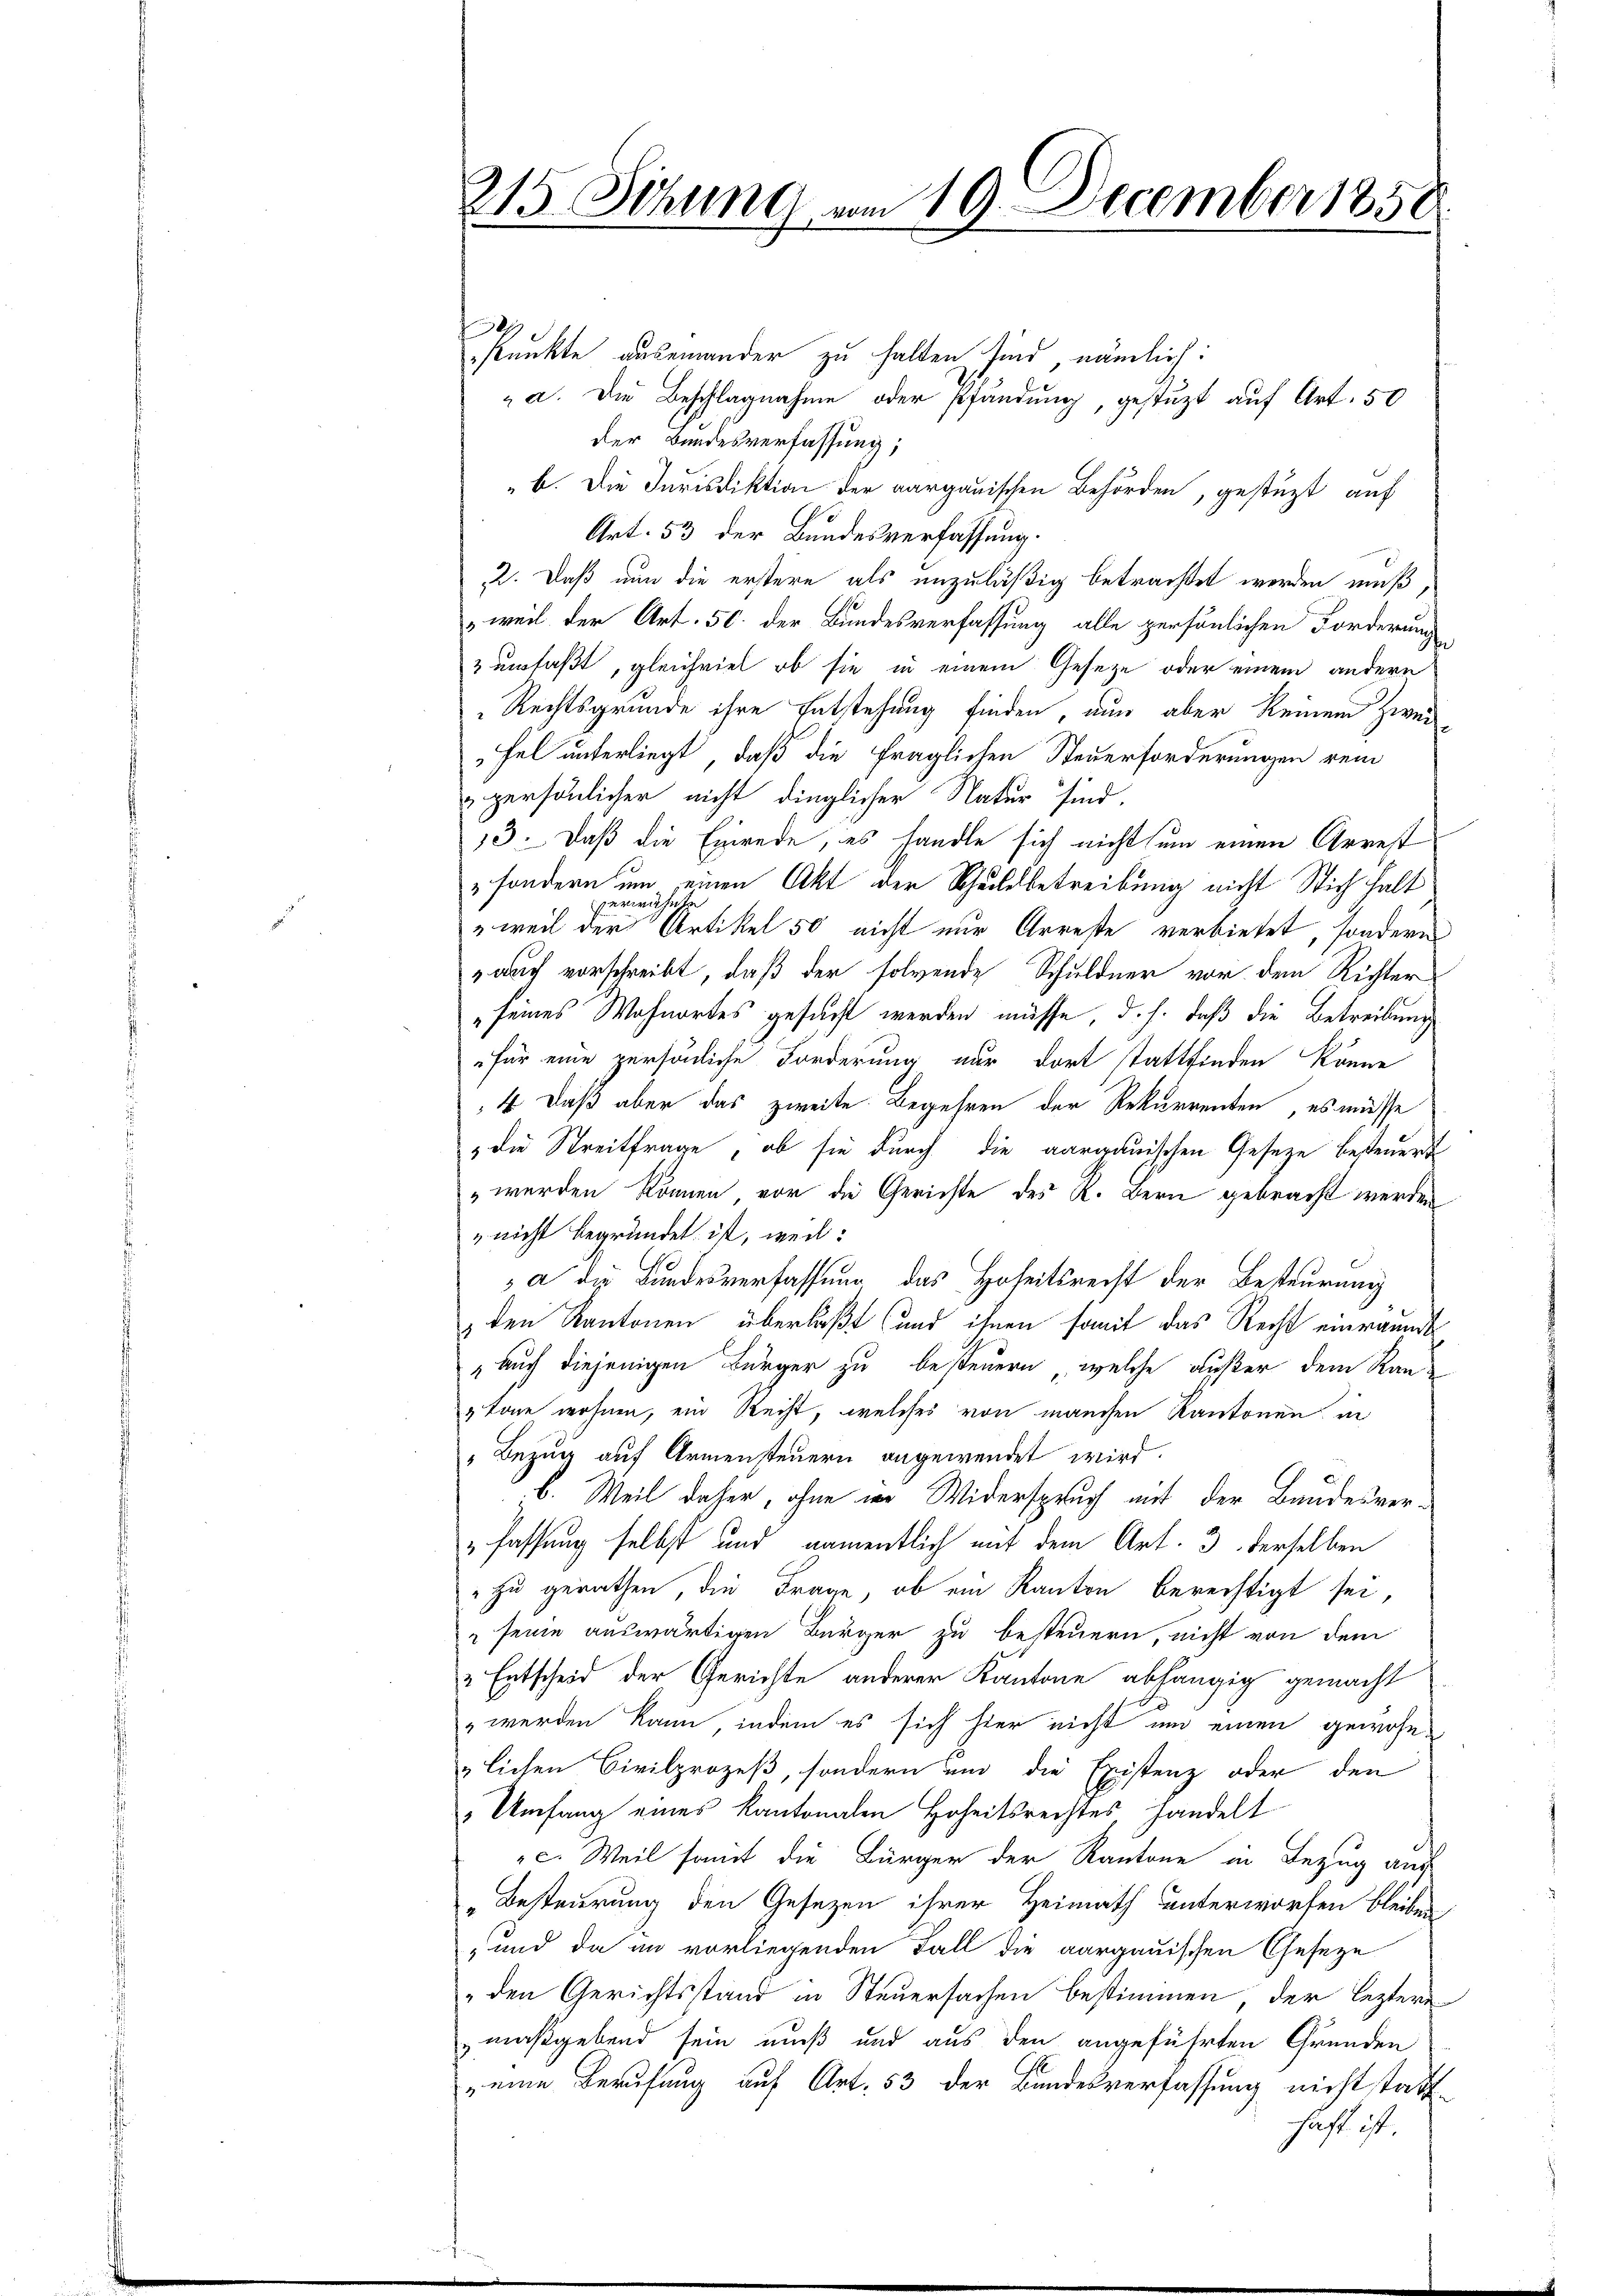
215. Sitzung vom 19. December 1850.
2

Punkte auseinander zu halten sind, nämlich:
 a. Die Beschlagnahme oder Pfändung, gestützt auf Art. 50
der Bundesverfassung;
b. Die Jurisdiktion der aargauischen Behörden, gestützt auf
Art. 53 der Bundesverfassung.
2. Daß nun die erstere als unzuläßig betrachtet werden muß,
weil der Art. 50. der Bundesverfassung alle persönlichen Forderung
zumfaßt, gleichviel ob sie in einem Gesetze oder einem andern
Rechtsgrunde ihre Entstehung finden, nun aber keinem Zwei
Fel unterliegt, daß die fraglichen Steuerforderungen rein
persönlicher nicht dinglicher Natur sind.
13. Daß die Einrede, es handle sich nicht um einen Arrest
" sondern um einen Akt der Schuldbetreibung nicht Stich halt
h
"weil der Artikel 50 nicht nur Arreste verbietet, sondern
auch vorschreibt, daß der folgende Schuldner vor dem Richter
seines Wohnortes gesucht werden müsse, d. h. daß die Betreibung
für eine persönliche Forderung nur dort stattfinden könne
4 Daß aber das zweite Begehren der Rekurrenten, es müsse
" die Streitfrage, ob sie durch die aargauischen Gesetze besteuert
" werden können vor die Gerichte des R. Bern gebracht werden
" nicht begründet ist, weil:
a die Bundesverfassung das Hoheitsrecht der Besteurung
 den Kantonen überläßt (und ihnen somit das Recht einräumt
" Auch diejenigen Bürger zu besteuern, welche außer dem Ran-
tone wohnen, ein Recht, welches von manchen Kantonen in
"Bezug auf Armensteuern angewendet wird.
b. Weil daher, ohne wo Widerspruch mit der Bandesver¬
„fassung selbst und namentlich mit dem Art. 3 derselben
" zu gerathen, die Frage, ob ein Kanton berechtigt sei,
 seine auswärtigen Bürger zu besteuern, nicht von dem
" Entscheid der Gerichte anderer Kantone abhängig gemacht
„werden kann, indem es sich hier nicht um einen gewohnzlichen Civilprozeß, sondern und die Existenz oder den
" Umfang eines Kantonalen Hoheitsrechtes, handelt
c. Weil samt die Bürger der Kantone in Bezug aus
„Besteurung den Gesezen ihrer Heimath unterworfen bleiben,
" und da in vorliegenden Fall die aargauischen Geseze
„den Gerichtsstand in Steuersachen bestimmen, der leztere
maßgebend sein muß und aus den angeführten Grunden
 eine Berufung auf Art. 53 der Bundesverfassung nicht statt
haft ist.